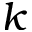
k